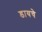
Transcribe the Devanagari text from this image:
डायचे